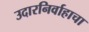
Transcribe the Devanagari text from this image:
उदारनिर्वाहाचा